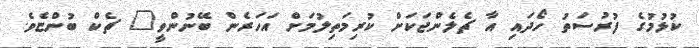
ކުޅުމުގެ ފުރުސަތު ހޯދައި އާ ޗެލެންޖަކަށް ކުރިމަތިލުމަށް އަހަރެން ބޭނުންވީ" ޗެކް ބުންޏެވެ.